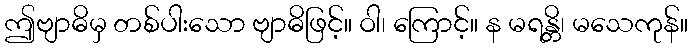
ဤဗျာဓိမှ တစ်ပါးသော ဗျာဓိဖြင့်။ ဝါ၊ ကြောင့်။ န မရန္တိ၊ မသေကုန်။